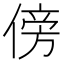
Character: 傍